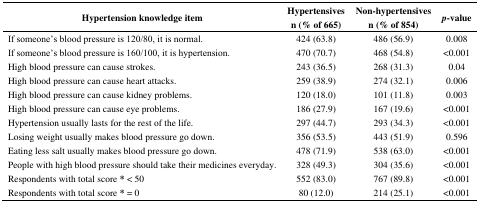
| <ROWSPAN=2> Hypertension knowledge item | Hypertensives | Non-hypertensives | <ROWSPAN=2> p-value |
 | n (% of 665) | n (% of 854) |
 | --- | --- | --- | --- |
 | If someone’s blood pressure is 120/80, it is normal. | 424 (63.8) | 486 (56.9) | 0.008 |
 | If someone’s blood pressure is 160/100, it is hypertension. | 470 (70.7) | 468 (54.8) | <0.001 |
 | High blood pressure can cause strokes. | 243 (36.5) | 268 (31.3) | 0.04 |
 | High blood pressure can cause heart attacks. | 259 (38.9) | 274 (32.1) | 0.006 |
 | High blood pressure can cause kidney problems. | 120 (18.0) | 101 (11.8) | 0.003 |
 | High blood pressure can cause eye problems. | 186 (27.9) | 167 (19.6) | <0.001 |
 | Hypertension usually lasts for the rest of the life. | 297 (44.7) | 293 (34.3) | <0.001 |
 | Losing weight usually makes blood pressure go down. | 356 (53.5) | 443 (51.9) | 0.596 |
 | Eating less salt usually makes blood pressure go down. | 478 (71.9) | 538 (63.0) | <0.001 |
 | People with high blood pressure should take their medicines everyday. | 328 (49.3) | 304 (35.6) | <0.001 |
 | Respondents with total score * < 50 | 552 (83.0) | 767 (89.8) | <0.001 |
 | Respondents with total score * = 0 | 80 (12.0) | 214 (25.1) | <0.001 |